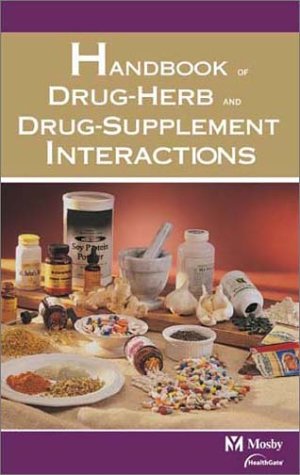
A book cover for Mosby's Handbook of Drug-Herb & Drug-Supplement Interactions; HealthGate Date Corporation & Mosby; Medical Books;